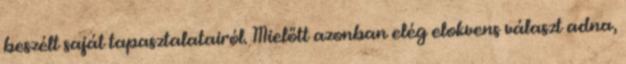
beszélt saját tapasztalatairól. Mielőtt azonban elég elokvens választ adna,